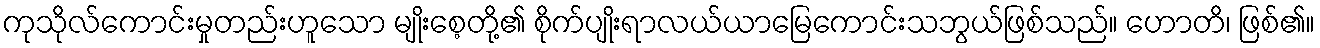
ကုသိုလ်ကောင်းမှုတည်းဟူသော မျိုးစေ့တို့၏ စိုက်ပျိုးရာလယ်ယာမြေကောင်းသဘွယ်ဖြစ်သည်။ ဟောတိ၊ ဖြစ်၏။